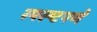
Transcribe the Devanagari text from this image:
स्पस्ष्टपणे